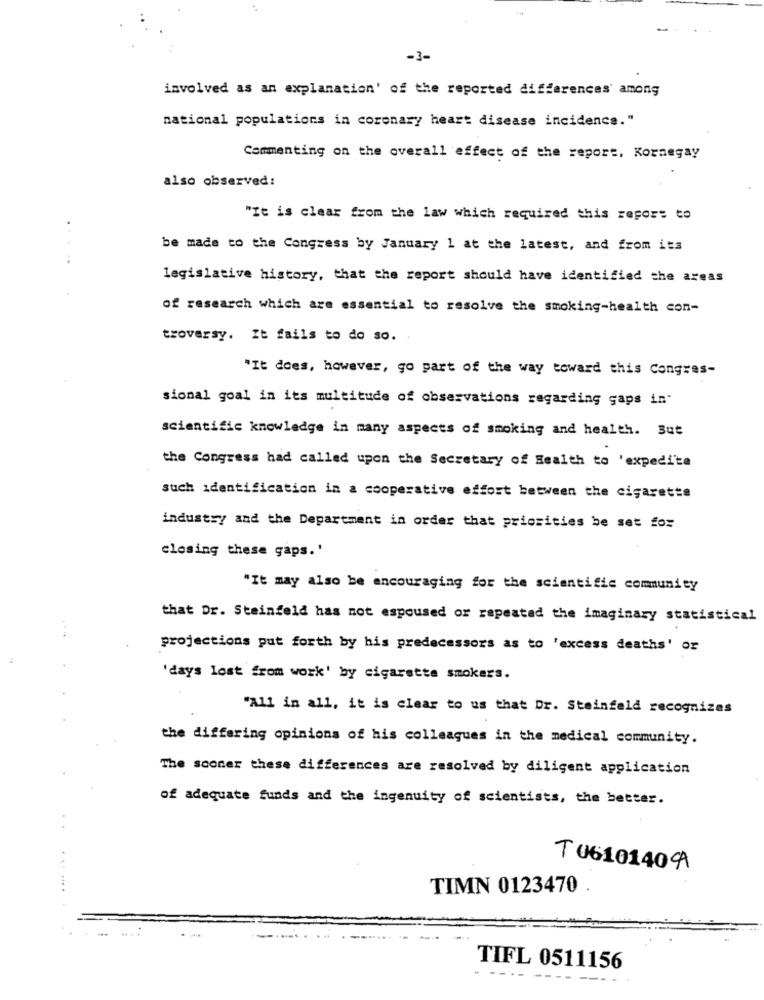
-3-
involved as an explanation' of the reported differences among
national populations in coronary heart disease incidence."
Commenting on the overall effect of the report, Kornegay
also observed:
"It is clear from the law which required this report to
be made to the Congress by January 1 at the latest, and from its
.....
legislative history, that the report should have identified the areas
of research which are essential to resolve the smoking-health con-
troversy. It fails to do so.
"It does, however, go part of the way toward this Congres-
sional goal in its multitude of observations regarding gaps in
scientific knowledge in many aspects of smoking and health. But
the Congress had called upon the Secretary of Health to 'expedi'te
such identification in a cooperative effort between the cigarette
industry and the Department in order that priorities be set for
closing these gaps.'
"It may also be encouraging for the scientific community
that Dr. Steinfeld has not espoused or repeated the imaginary statistical
projections put forth by his predecessors as to 'excess deaths' or
'days lost from work' by cigaretta smokers.
"All in all, it is clear to us that Dr. Steinfeld recognizes
the differing opinions of his colleagues in the medical community.
The sooner these differences are resolved by diligent application
of adequate funds and the ingenuity of scientists, the better.
T 0610140 A
... .
TIMN 0123470 .
TIFL 0511156
- ----
---